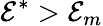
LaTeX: \mathcal{E}^{*}>\mathcal{E}_{m}